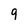
Character: 9